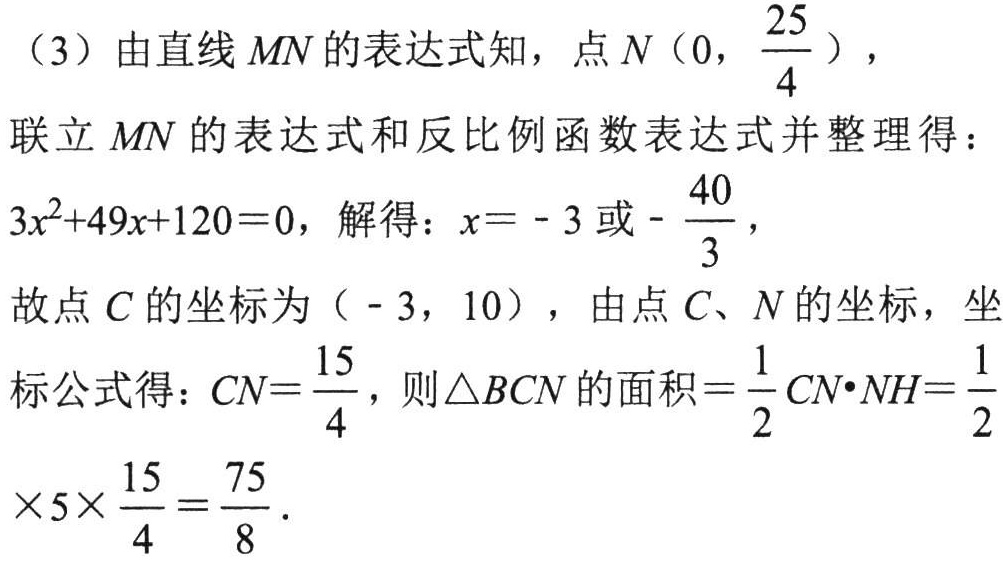
（3）由直线\(MN\)的表达式知，点\(N\left(0,\dfrac{25}{4}\right)\)，

联立\(MN\)的表达式和反比例函数表达式并整理得：

\(3x^{2}+49x + 120 = 0\)，解得：\(x = - 3\)或\(-\dfrac{40}{3}\)，

故点\(C\)的坐标为\(( - 3,10)\)，由点\(C\)、\(N\)的坐标，坐标公式得：\(CN=\dfrac{15}{4}\)，则\(\triangle BCN\)的面积\(=\dfrac{1}{2}CN\cdot NH=\dfrac{1}{2}\times5\times\dfrac{15}{4}=\dfrac{75}{8}\)．